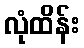
လုံထိန်း